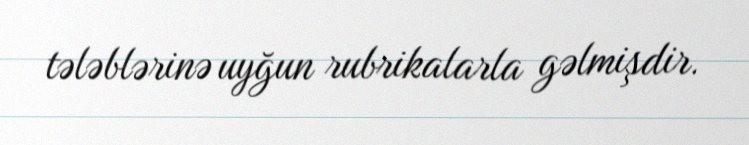
tələblərinə uyğun rubrikalarla gəlmişdir.